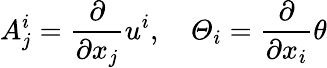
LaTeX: A_{j}^{i}=\frac{\partial}{\partial x_{j}}u^{i},\quad\varTheta_{i}=\frac{\partial}{\partial x_{i}}\theta